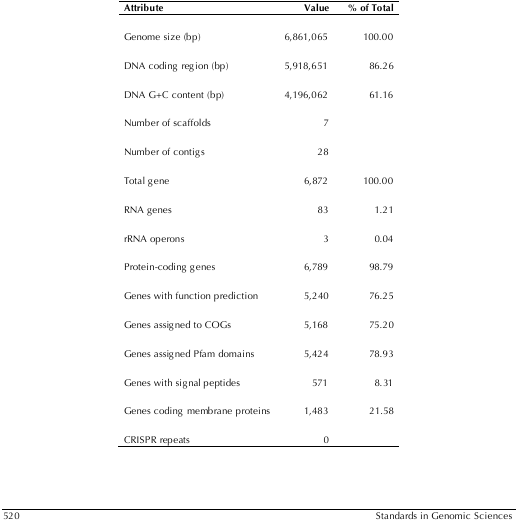
| Attribute | Value | % of Total |
 | --- | --- | --- |
 | Genome size (bp) | 6,861,065 | 100.00 |
 | DNA coding region (bp) | 5,918,651 | 86.26 |
 | DNA G+C content (bp) | 4,196,062 | 61.16 |
 | Number of scaffolds | 7 |  |
 | Number of contigs | 28 |  |
 | Total gene | 6,872 | 100.00 |
 | RNA genes | 83 | 1.21 |
 | rRNA operons | 3 | 0.04 |
 | Protein-coding genes | 6,789 | 98.79 |
 | Genes with function prediction | 5,240 | 76.25 |
 | Genes assigned to COGs | 5,168 | 75.20 |
 | Genes assigned Pfam domains | 5,424 | 78.93 |
 | Genes with signal peptides | 571 | 8.31 |
 | Genes coding membrane proteins | 1,483 | 21.58 |
 | CRISPR repeats | 0 |  |